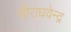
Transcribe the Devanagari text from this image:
श्रीराघवेन्द्र